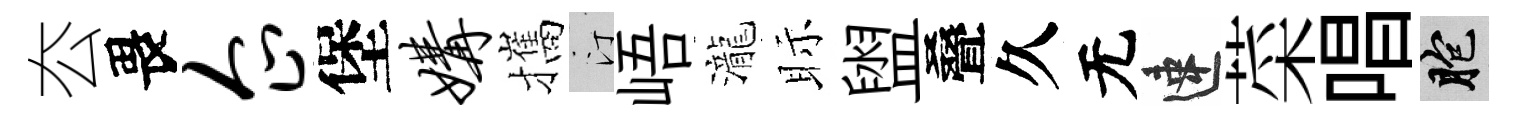
厺畏企堡媾攜汀峿瀧眎盥叠久无速菜唱胞